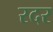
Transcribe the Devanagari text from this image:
रदर